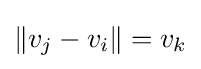
\|v_{j}-v_{i}\|=v_{k}